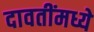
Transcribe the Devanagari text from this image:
दावतींमध्ये